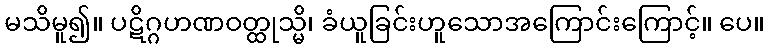
မသိမူ၍။ ပဋိဂ္ဂဟဏဝတ္ထုသ္မိ၊ ခံယူခြင်းဟူသောအကြောင်းကြောင့်။ ပေ။